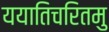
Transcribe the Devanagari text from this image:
ययातिचरितमु